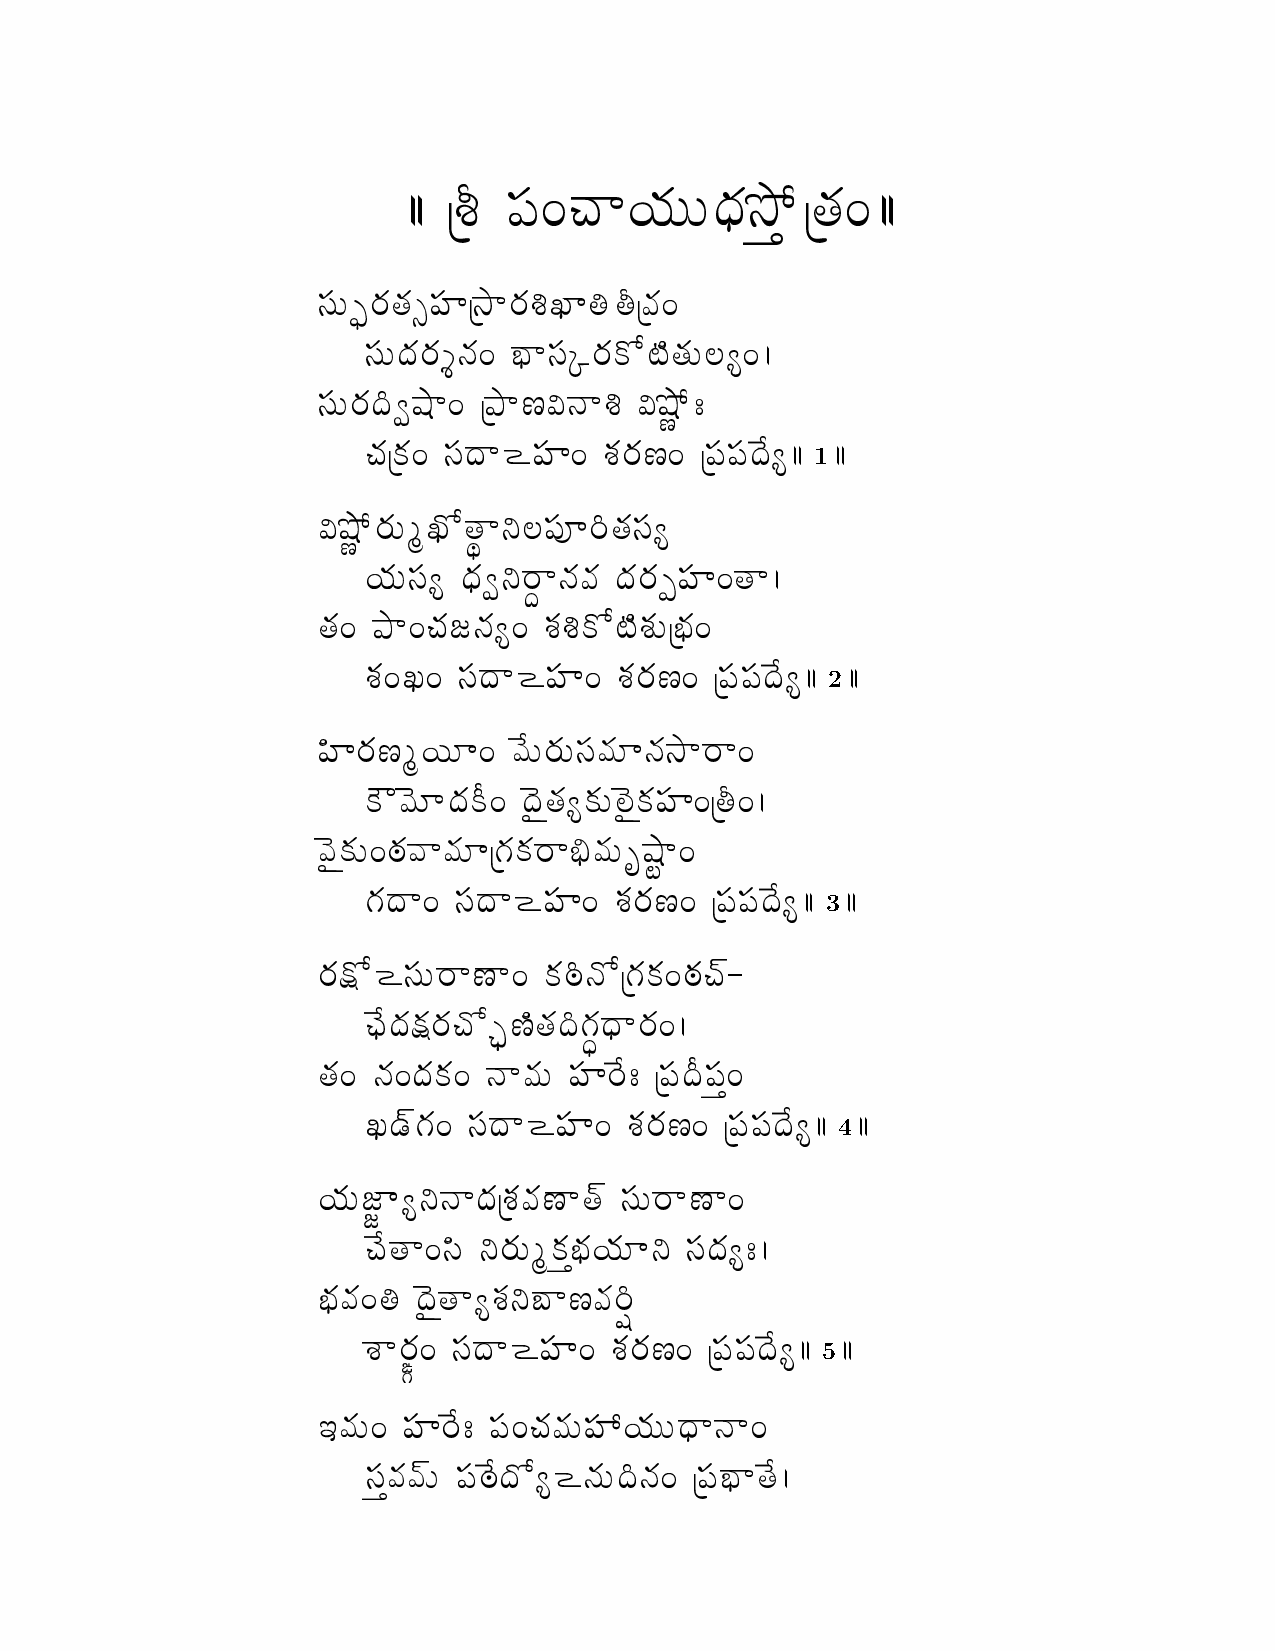
1
 2
 3
 4
 5
 zt
 zt
 ø
 _
 ~v
 ¹p
 m
 _
 l
 k
 B
 ¨
 ¨
 Ïs
 {=
 ²N
 {x
 {=
 {p
 p
 Á Á Û û ze = T } l {¨ ¨ { u ½
 Ö m {_ {â zv Ûu } m {ú P | î ï Ûp {=
 zt ¨ b {m {à d {= k } zt Á m {N ¾ Z ¡_ {¨ n Ú = Á
 m {b ¢ß s } = Ûf } ^ ø d } ú ø Ïs ½ >
 T {ÛN {= zt b } < zv = q {m {^ = Ûze ze b ¶Ú
 ½ m {¨ Ù P ¾ Ñ_ } ð n ze « m ¢_ {zt Ú
 l {¨ zt Ú {ß ð Òm } d {p { b {m {Õ zv = _ } Á
 f } = T {V d {Ú = q {ú N ¾ Z ¡q {¨ Ûk {=
 q {= O = zt b } < zv = q {m {^ = Ûze ze b ¶Ú
 m {^ Ù l ¨ | = p ¶¨ m {¨ zt p {¨ | d {u } m } =
 N À p ²© b {N ¥= ¹b ²_ {Ú N {¨ ¹o ²N {zv = Ûï = Á
 {¨ = [ {p } p {¨ | ÛQ {N {m } p {¨ ¬ Ës } =
 Q {b } = zt b } < zv = q {m {^ = Ûze ze b ¶Ú
 ¾ < zt ¨ m } ^ } = N {[ ¢d ¾ ÛQ {N {= [ {T +-
 U ¶b {x {m {T ¾ Ç ^ ¡_ {b ¢ÓQ { } m {= Á
 d {= b {N {= d } p {¨ zv m ¶> Ûze b ¥ ze =
 O \ +Q {= zt b } < zv = q {m {^ = Ûze ze b
 {¨ ÈW | Ú ð d } b {Ûq {p {^ } _ + zt ¨ m } ^ } =
 T ¶_ } = ~t ð m {¨ Ù N {k {l {¨ | ð zt b {Ú > Á
 {= î ¹b ²_ } Ú q {ð j } ^ p {ám ¢
 q } &m {= zt b } < zv = q {m {^ = Ûze ze b ¶Ú
 {¨ = zv m ¶> ze = T {p {¨ ü l {¨ ¨ } d } =
 zt p {p +¨ ze [ ¶b ¾ Ú < d {¨ b ¢d {= Ûze k } _ ¶ Á
 Û _
 ÁÁ
 ÁÁ
 ÁÁ
 ¶Ú ÁÁ
 ÁÁ
 {=
 ÁÁ
 ÁÁ
 ÁÁ
 ÁÁ
 ÁÁ
 Á Á